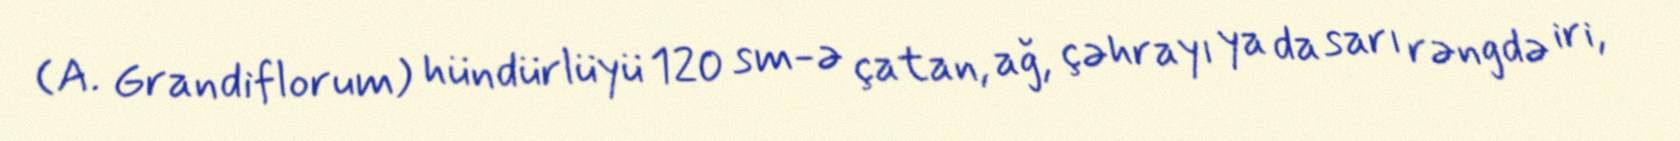
(A. Grandiflorum) hündürlüyü 120 sm-ə çatan, ağ, çəhrayı ya da sarı rəngdə iri,